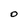
Character: O